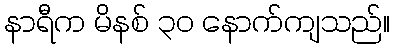
နာရီက မိနစ် ၃၀ နောက်ကျသည်။